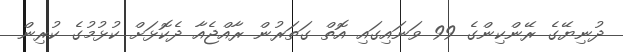
ދުނިޔޭގެ ރޭންކިންގެ 99 ވަނައިގައި އޮތް ގަތަރުން ރާއްޖެއާ ދެކޮޅަށް ކުޅުމުގެ ކުރިން